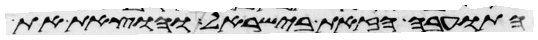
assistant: התועבה הזאת בישראל והוצאת את